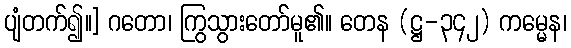
ပျံတက်၍။] ဂတော၊ ကြွသွားတော်မူ၏။ တေန (ဋ္ဌ-၃၄၂) ကမ္မေန၊